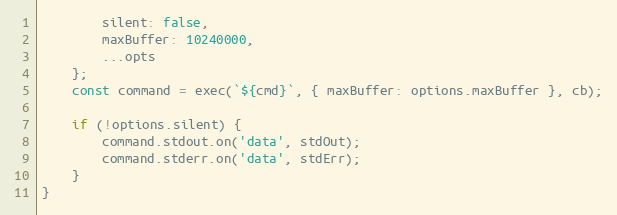
Language: JavaScript
        silent: false,
        maxBuffer: 10240000,
        ...opts
    };
    const command = exec(`${cmd}`, { maxBuffer: options.maxBuffer }, cb);

    if (!options.silent) {
        command.stdout.on('data', stdOut);
        command.stderr.on('data', stdErr);
    }
}